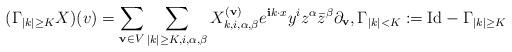
LaTeX: \begin{align*}(\Gamma_{|k|\geq K}X)(v)=\sum_{\mathbf{v}\in V}\sum_{|k|\geq K,i,\alpha,\beta}X^{(\mathbf{v})}_{k,i,\alpha,\beta}e^{\mathbf{i}k\cdot x}y^{i}z^{\alpha}\bar{z}^{\beta}\partial_{\mathbf{v}},\Gamma_{|k|<K}:=\mbox{Id}-\Gamma_{|k|\geq K}\end{align*}